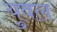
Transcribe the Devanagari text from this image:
युवल